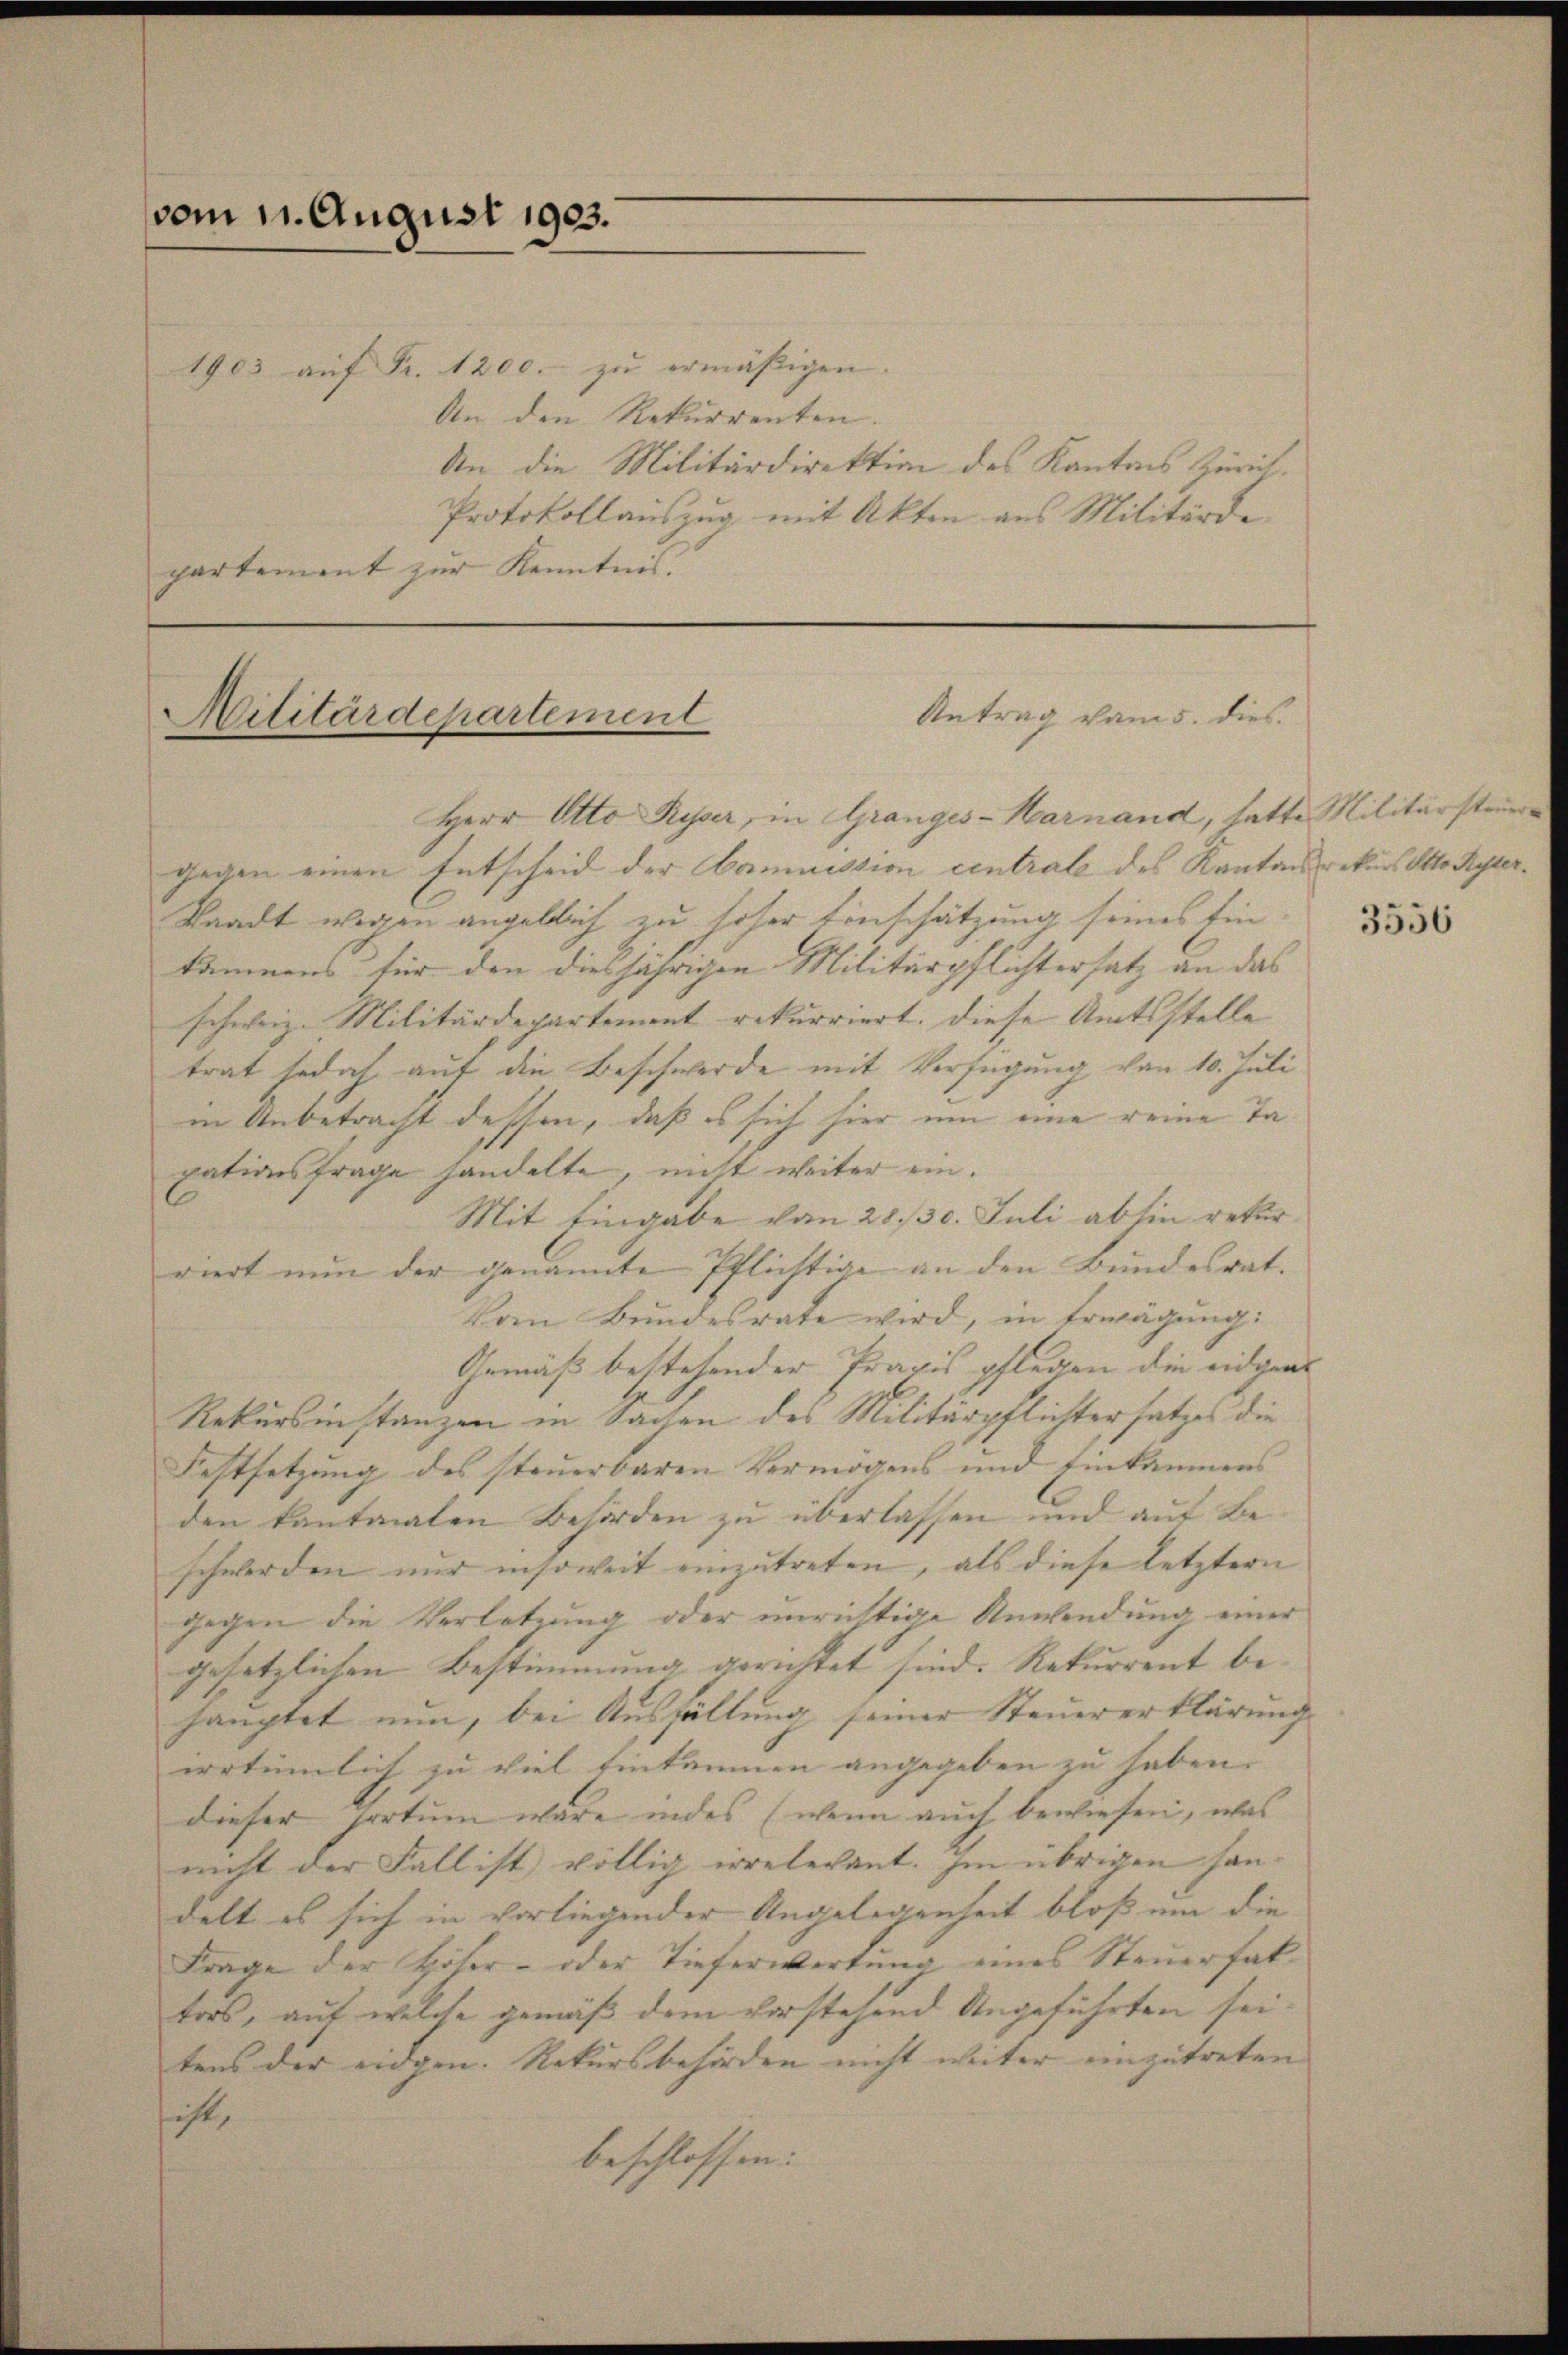
vom 11. August 1903.
1903 auf Fr. 1200.- zu ermäßigen

An den Rekurrenten. |
An die Militärdirektion des Kantons Zürich.
Protokollauszug mit Akten aus Militärde
partement zur Kenntnis.

Antrag vom 5. dies
Militärdepartement

Herr Otto Risser, in Granges-Harnand, hatte Militärsteuergegen einen Entscheid der Commission centrale des Kantons rekurs OttoRyter¬
Waadt wegen angeblich zu hoher Einschätzung seines Ein
kommens für den diesjährigen Militärpflichtersatz an das
schweiz. Militärdepartement rekurriert. Diese Amtsstelle
trat jedoch auf die Beschwerde mit Verfügung von 10. Juli
in Unbetracht dessen, daß es sich hier um eine reine Taxationsfrage handelte, nicht weiter ein.
Mit Eingabe vom 28. 30. Juli abhin rekurriert nun der genannte Pflichtige an den Bundesrat.
Vom Bundesrate wird, in Erwägung:
Gemäß bestehender Praxis pflegen die eidgen
Rekursinstanzen in Sachen des Militärpflichtersatzes die
Festsetzung des steuerbaren Vermögens und Einkammens
den kantonalen Behörden zu überlassen und auf Beschwerden nur insoweit einzutreten, als diese letztern
gegen die Verletzung oder unrichtige Anwendung einer
gesetzlichen Bestimmung gerichtet sind. Rekurrent behauptet nun, bei Ausfällung seiner Steuererklärung
errtümlich zu viel Eintaumen angegeben zu haben.
dieser Hortum wäre indes (wenn auch bewiesen, was
nicht der Fall ist völlig irrelevant. Im übrigen Handelt es sich in vorliegender Angelegenheit bloß um die
Frage der Höher- oder Tieferwertung eines Steuerfaltors, auf welche gemäß dem vorstehend Angeführten seitens der eidgen. Rekursbehörden nicht weiter einzutreten |
ist,
beschlossen:

3556